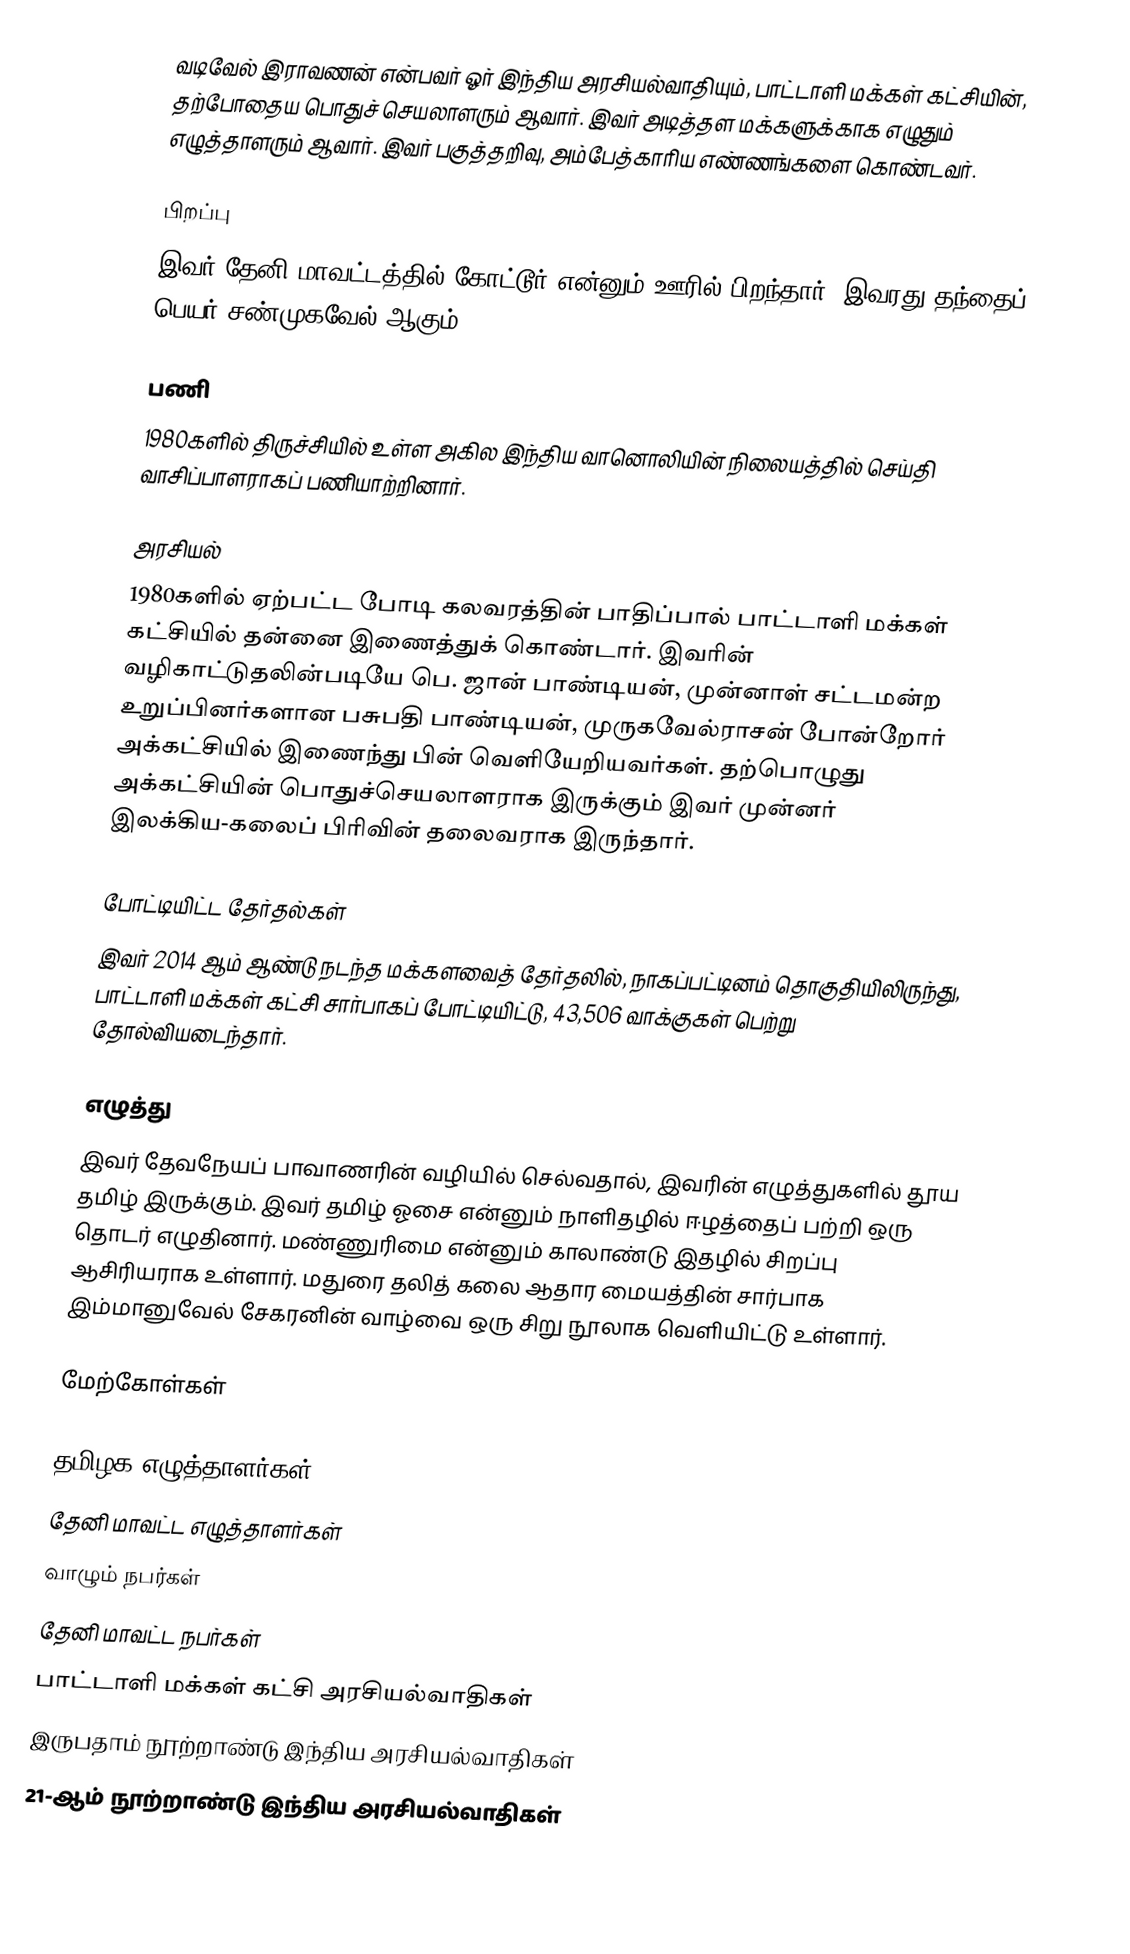
வடிவேல் இராவணன் என்பவர் ஓர் இந்திய அரசியல்வாதியும், பாட்டாளி மக்கள் கட்சியின், தற்போதைய பொதுச் செயலாளரும் ஆவார். இவர் அடித்தள மக்களுக்காக எழுதும் எழுத்தாளரும் ஆவார். இவர் பகுத்தறிவு, அம்பேத்காரிய எண்ணங்களை கொண்டவர்.

பிறப்பு
இவர் தேனி மாவட்டத்தில் கோட்டூர் என்னும் ஊரில் பிறந்தார். இவரது தந்தைப் பெயர் சண்முகவேல் ஆகும்.

பணி
1980களில் திருச்சியில் உள்ள அகில இந்திய வானொலியின் நிலையத்தில் செய்தி வாசிப்பாளராகப் பணியாற்றினார்.

அரசியல்
1980களில் ஏற்பட்ட போடி கலவரத்தின் பாதிப்பால் பாட்டாளி மக்கள் கட்சியில் தன்னை இணைத்துக் கொண்டார். இவரின் வழிகாட்டுதலின்படியே பெ. ஜான் பாண்டியன், முன்னாள் சட்டமன்ற உறுப்பினர்களான பசுபதி பாண்டியன், முருகவேல்ராசன் போன்றோர் அக்கட்சியில் இணைந்து பின் வெளியேறியவர்கள். தற்பொழுது அக்கட்சியின் பொதுச்செயலாளராக இருக்கும் இவர் முன்னர் இலக்கிய-கலைப் பிரிவின் தலைவராக இருந்தார்.

போட்டியிட்ட தேர்தல்கள்
இவர் 2014 ஆம் ஆண்டு நடந்த மக்களவைத் தேர்தலில், நாகப்பட்டினம் தொகுதியிலிருந்து, பாட்டாளி மக்கள் கட்சி சார்பாகப் போட்டியிட்டு, 43,506 வாக்குகள் பெற்று தோல்வியடைந்தார்.

எழுத்து
இவர் தேவநேயப் பாவாணரின் வழியில் செல்வதால், இவரின் எழுத்துகளில் தூய தமிழ் இருக்கும். இவர் தமிழ் ஓசை என்னும் நாளிதழில் ஈழத்தைப் பற்றி ஒரு தொடர் எழுதினார். மண்ணுரிமை என்னும் காலாண்டு இதழில் சிறப்பு ஆசிரியராக உள்ளார். மதுரை தலித் கலை ஆதார மையத்தின் சார்பாக இம்மானுவேல் சேகரனின் வாழ்வை ஒரு சிறு நூலாக வெளியிட்டு உள்ளார்.

மேற்கோள்கள்

தமிழக எழுத்தாளர்கள்
தேனி மாவட்ட எழுத்தாளர்கள்
வாழும் நபர்கள்
தேனி மாவட்ட நபர்கள்
பாட்டாளி மக்கள் கட்சி அரசியல்வாதிகள்
இருபதாம் நூற்றாண்டு இந்திய அரசியல்வாதிகள்
21-ஆம் நூற்றாண்டு இந்திய அரசியல்வாதிகள்